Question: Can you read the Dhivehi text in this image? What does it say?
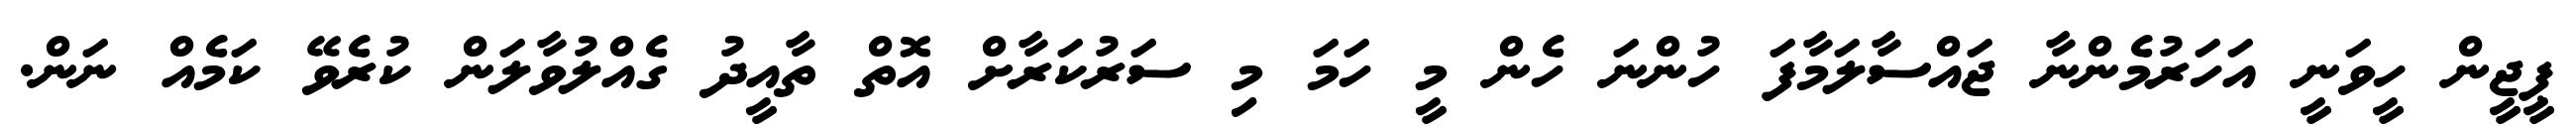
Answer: ޕީޖީން ހީވަނީ އަހަރުމެންނާ ޖައްސާލަމާފަ ހުންނަ ހެން މީ ހަމަ މި ސަރުކަރާށް އޮތް ތާއީދު ގެއްލުވާލަން ކުރެވޭ ކަމެއް ނަން.